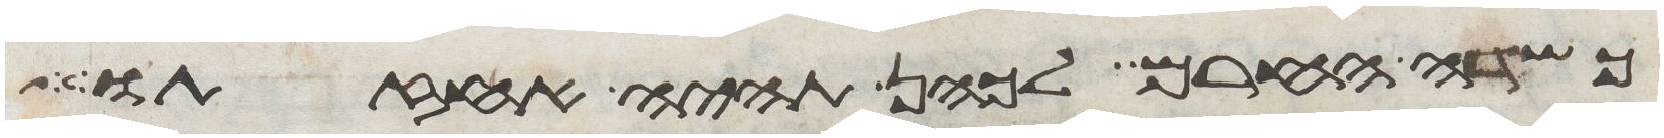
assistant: כשדה החרם לכהן תהיה אחזתו